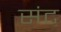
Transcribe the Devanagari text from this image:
संट